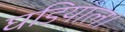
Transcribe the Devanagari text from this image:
घडियाल।